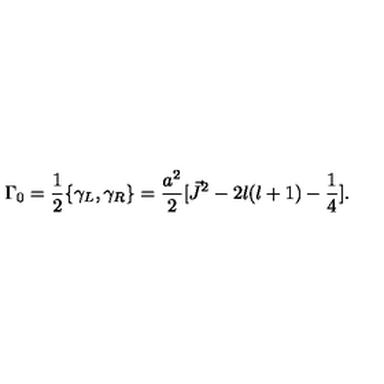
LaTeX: { \Gamma } _ { 0 } = \frac { 1 } { 2 } \{ { \gamma } _ { L } , { \gamma } _ { R } \} = \frac { a ^ { 2 } } { 2 } [ \vec { J } ^ { 2 } - 2 l ( l + 1 ) - \frac { 1 } { 4 } ] .